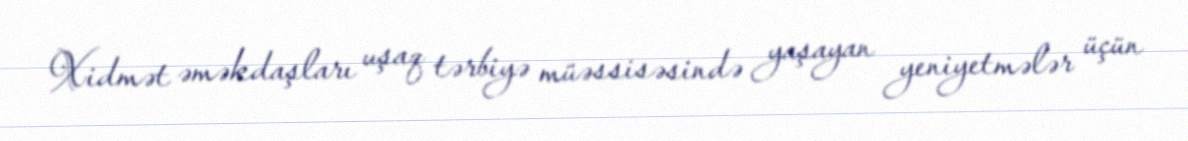
Xidmət əməkdaşları uşaq tərbiyə müəssisəsində yaşayan yeniyetmələr üçün